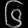
Digit: ၆